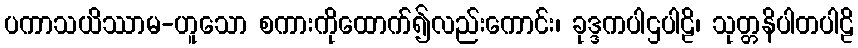
ပကာသယိဿာမ-ဟူသော စကားကိုထောက်၍လည်းကောင်း၊ ခုဒ္ဒကပါဌပါဠိ၊ သုတ္တနိပါတပါဠိ